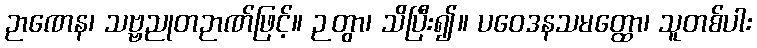
ဉာဏေန၊ သဗ္ဗညုတဉာဏ်ဖြင့်။ ဉတွာ၊ သိပြီး၍။ ပဝေဒနသမတ္ထော၊ သူတစ်ပါး